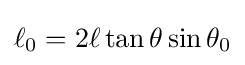
\ell _{0}=2\ell \tan \theta \sin \theta _{0}